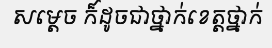
សម្តេច ក៏ដូចជាថ្នាក់ខេត្តថ្នាក់